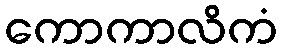
ကောကာလိကံ